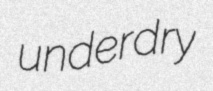
underdry